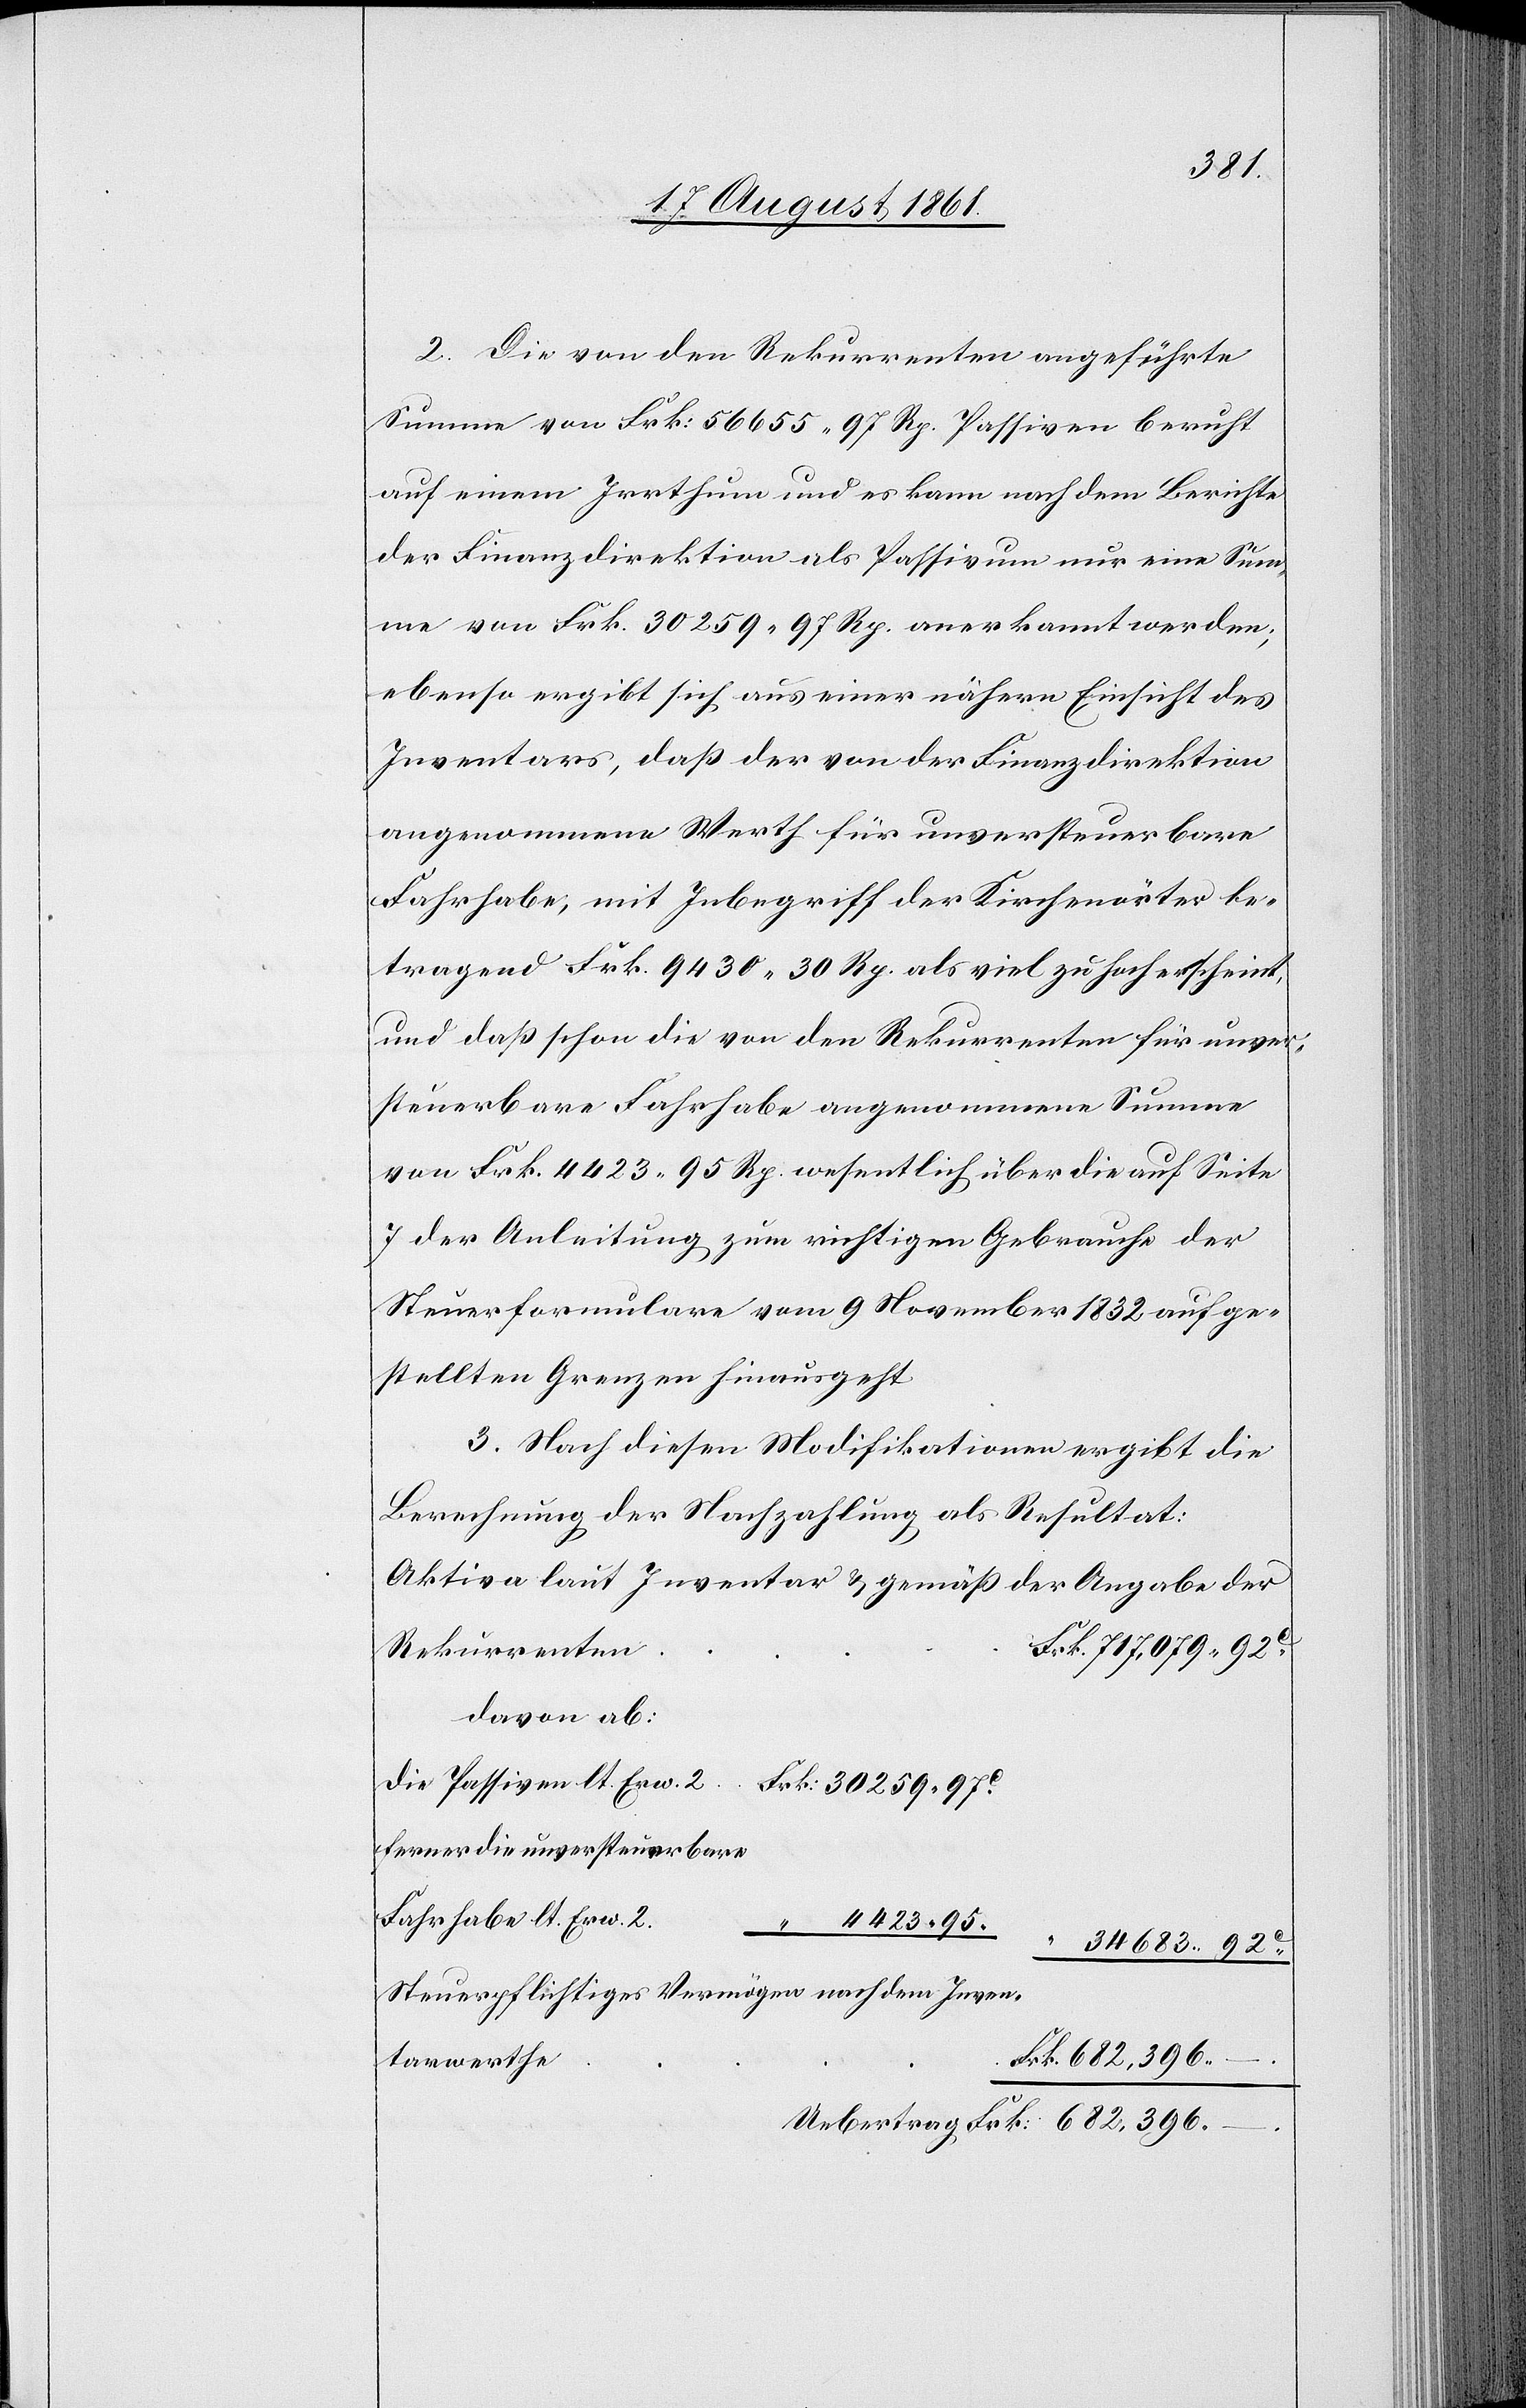
2. Die von den Rekurrenten angeführte
Summe von Frk. 56655.97 Rp. Passiven beruht
auf einem Irrthum und es kann nach dem Berichte
der Finanzdirektion als Passivum nur eine Sum¬
me von Frk. 30259.97 Rp. anerkannt werden;
ebenso ergibt sich aus einer nähern Einsicht des
Inventars, daß der von der Finanzdirektion
angenommene Werth für unversteuerbare
Fahrhabe, mit Inbegriff der Kirchengüter be¬
tragend Frk. 9430.30 Rp. als viel zu hoch erscheint,
und daß schon die von den Rekurrenten für unver¬
steuerbare Fahrhabe angenommenen Summe
von Frk. 4423.95 Rp. wesentlich über die auf Seite
7 der Anleitung zum richtigen Gebrauche der
Steuerformulare vom 9 November 1832 aufge¬
stellten Grenzen hinausgeht.
3. Nach diesen Modifikationen ergibt sich
Berechnung der Nachzahlung als Resultat:
Aktiva laut Inventar u. gemäß der Angabe der
Rekurrenten
davon ab:
Die Passiven lt. Erw. 2	Frk. 30259.97c
ferner die unversteuerbare
Fahrhabe lt. Erw.
4423.95.
e				F¬
34683.92c
Steuerpflichtiges Vermögen nach dem Inven¬
rk. 682.396.–
tarwerth¬
Uebertrag Frk.: 682,396.–